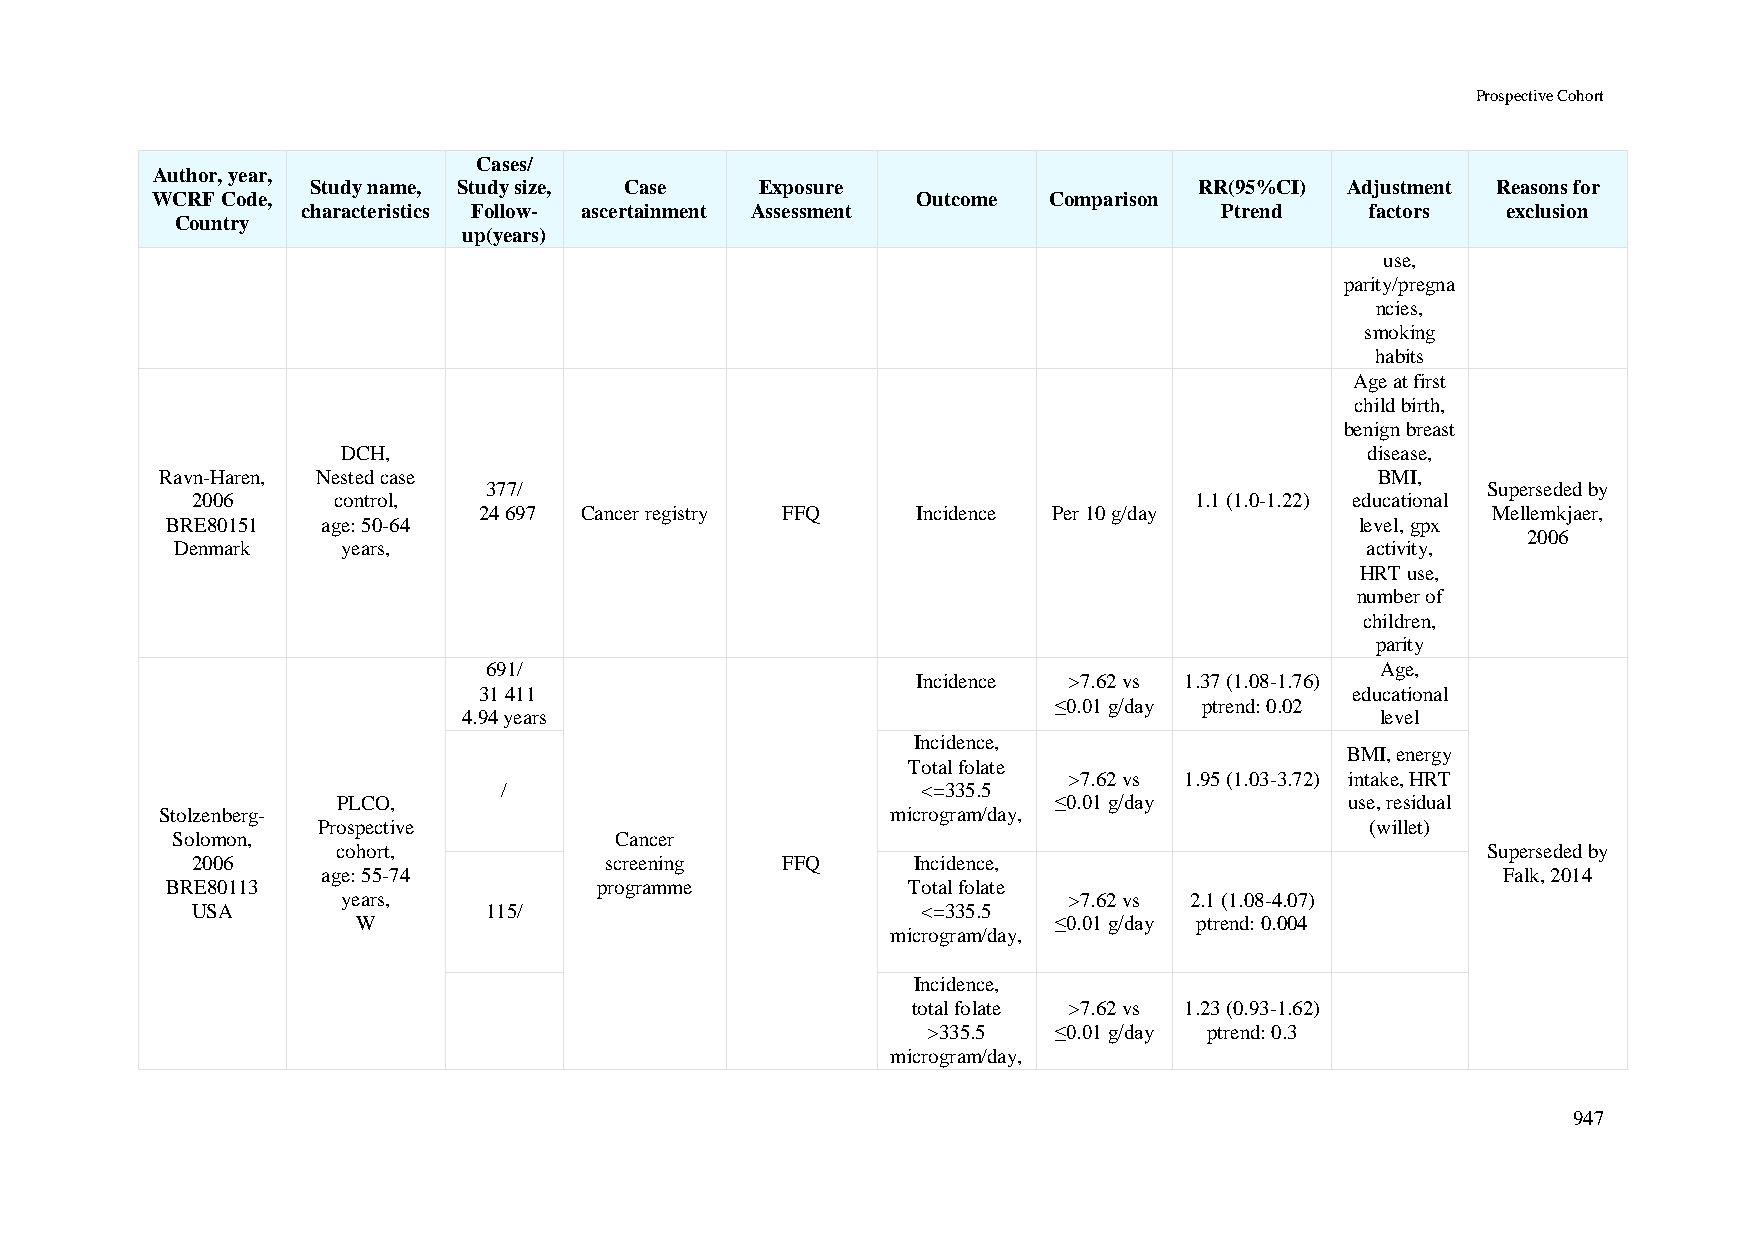
Prospective Cohort
 Cases/
 Author, year,
 Study name, Study size, Case Exposure                     RR(95%CI) Adjustment Reasons for
 WCRF Code,                                         Outcome Comparison
 characteristics Follow- ascertainment Assessment             Ptrend    factors  exclusion
 Country
 up(years)
 use,
 parity/pregna
 ncies,
 smoking
 habits
 Age at first
 child birth,
 benign breast
 DCH,                                                                disease,
 Ravn-Haren, Nested case                                                         BMI,
 377/                                                              Superseded by
 2006     control,                                                 1.1 (1.0-1.22) educational
 24 697 Cancer registry FFQ   Incidence Per 10 g/day                Mellemkjaer,
 BRE80151  age: 50-64                                                           level, gpx
 2006
 Denmark    years,                                                             activity,
 HRT use,
 number of
 children,
 parity
 691/                                                       Age,
 Incidence >7.62 vs 1.37 (1.08-1.76)
 31 411                                                    educational
 ≤0.01 g/day ptrend: 0.02
 4.94 years                                                  level
 Incidence,
 BMI, energy
 Total folate
 >7.62 vs 1.95 (1.03-3.72) intake, HRT
 /                           <=335.5
 PLCO,                                           ≤0.01 g/day        use, residual
 Stolzenberg-                                    microgram/day,
 Prospective                                                           (willet)
 Solomon,                      Cancer
 cohort,                                                                     Superseded by
 2006                       screening   FFQ     Incidence,
 age: 55-74                                                                    Falk, 2014
 BRE80113                     programme           Total folate
 years,                                          >7.62 vs 2.1 (1.08-4.07)
 USA                115/                         <=335.5
 W                                             ≤0.01 g/day ptrend: 0.004
 microgram/day,
 Incidence,
 total folate >7.62 vs 1.23 (0.93-1.62)
 >335.5   ≤0.01 g/day ptrend: 0.3
 microgram/day,
 947